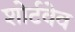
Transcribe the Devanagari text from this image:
शोर्टवेव